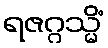
ရဇဂ္ဂသ္မိံ